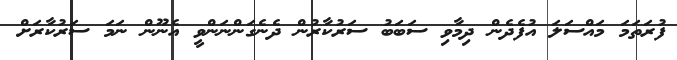
ފުރަތަމަ މައްސަލަ އުފެެދެން ދިމާވި ސަބަބު ސަރުކާރުން ދެނެގަންނަންވީ އެނޫން ނަމަ ސަރުކާރަށް